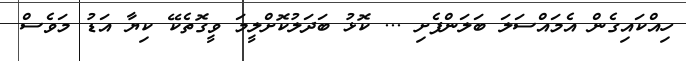
ހިއްކައިގެން އެމައްސަލަ ބަލަންފެށި ... ކޮޅު ބަދަލުކޮށްލީމަ ވީގޮތެކޭ ކިޔާ އަޑު މަވެސް